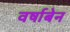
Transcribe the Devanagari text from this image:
वर्षाबेन